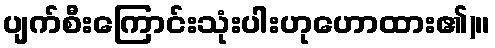
ပျက်စီးကြောင်းသုံးပါးဟုဟောထား၏)။